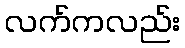
လက်ကလည်း